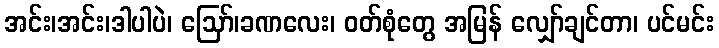
အင်း၊အင်း၊ဒါပါပဲ၊ ဩော်၊ခဏလေး၊ ဝတ်စုံတွေ အမြန် လျှော်ချင်တာ၊ ပင်မင်း